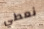
نعطي